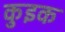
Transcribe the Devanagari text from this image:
कुइक